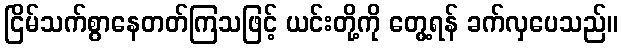
ငြိမ်သက်စွာနေတတ်ကြသဖြင့် ယင်းတို့ကို တွေ့ရန် ခက်လှပေသည်။